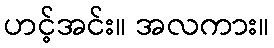
ဟင့်အင်း။ အလကား။